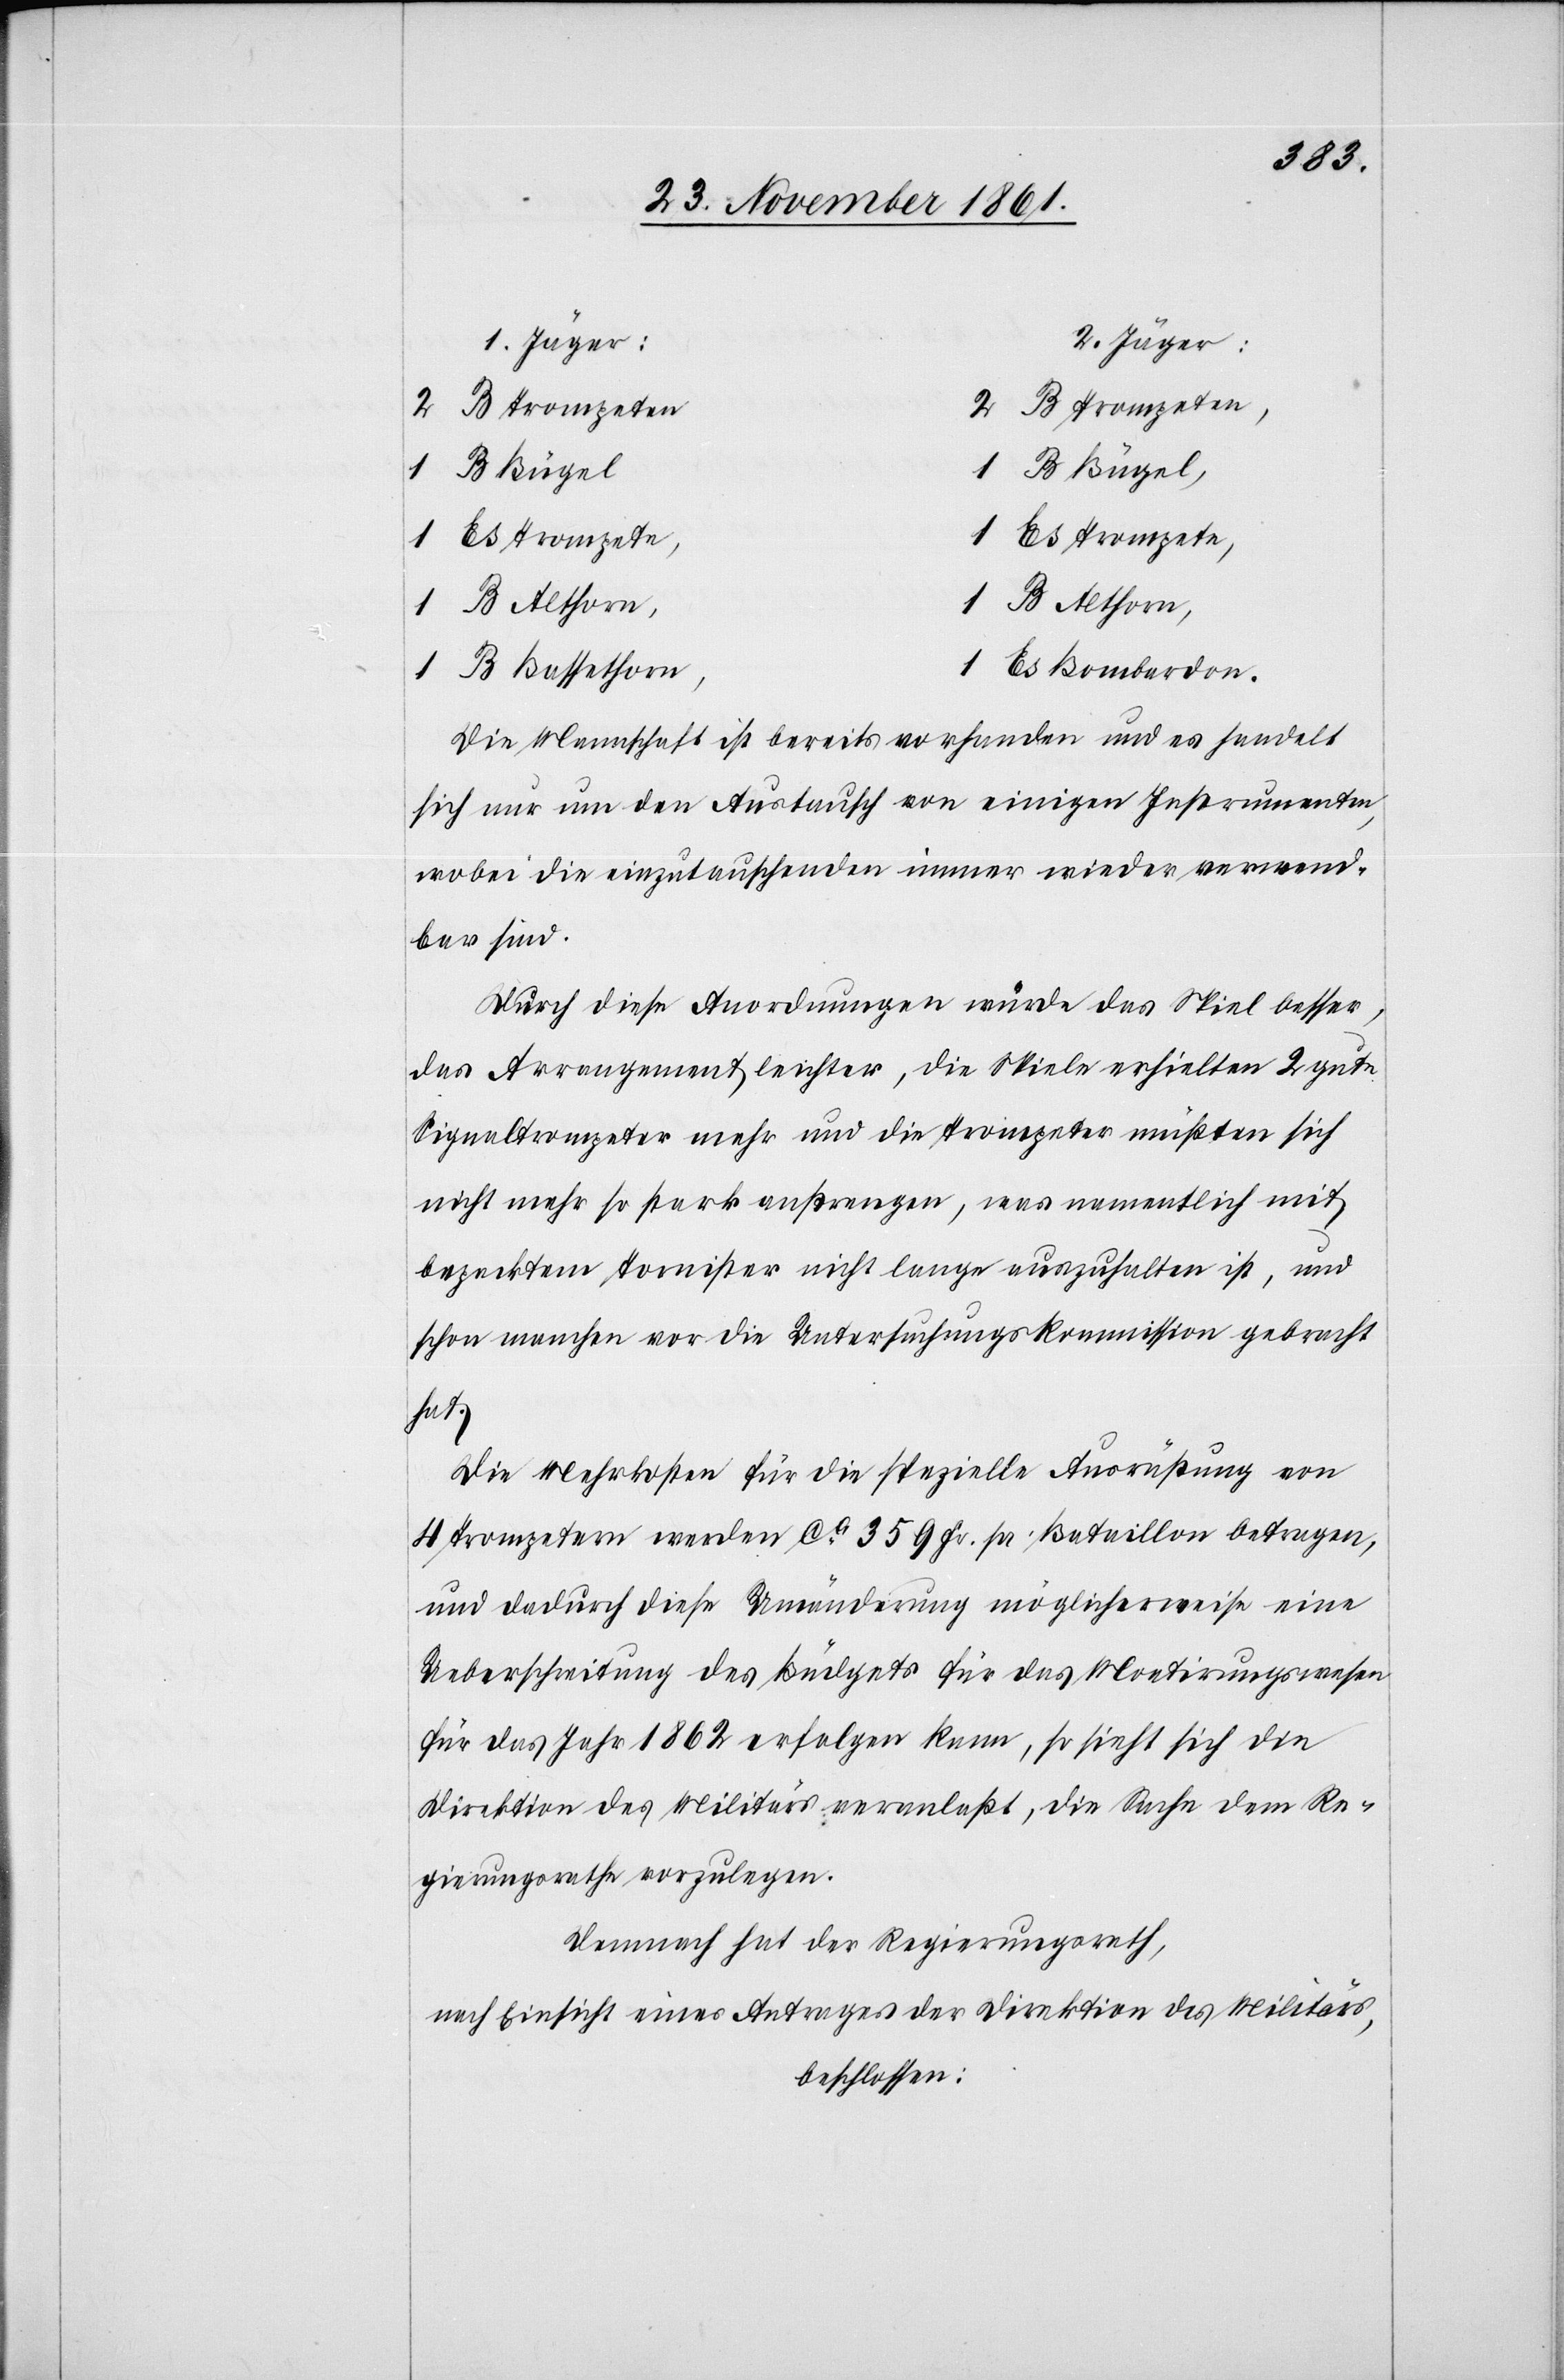
Jäger:
1. Jäger:
B Bügel,
1 Es Trompet¬
e,	1 Ex Trompete,
B Althorn,
1 B Bassethor¬
n,	1 Es Bombardon.
Die Mannschaft ist bereits vorhanden und es handelt
sich nur um den Austausch von einigen Instrumenten,
wobei die einzutauschenden immer wieder verwend¬
bar sind.
Durch diese Anordnungen würde das Spiel besser,
das Arrangement leichter, die Spiele erhielten 2 gute
Signaltrompeter mehr und die Trompeter müßten sich
nicht mehr so stark anstrengen, was namentlich mit
bepacktem Tornister nicht lange auszuhalten ist, und
schon manchen vor die Untersuchungskommission gebracht
hat.
Die Mehrkosten für die spezielle Ausrüstung von
4 Trompetern werden ca 359 Fr. pr. Bataillon betragen,
und da durch diese Umänderung möglicherweise eine
Ueberschreitung des Büdgets für das Montirungswesen
für das Jahr 1862 erfolgen kann, so sieht sich die
Direktion des Militärs veranlaßt, die Sache dem Re¬
gierungsrathe vorzulegen.
Demnach hat der Regierungsrath,
nach Einsicht eines Antrages der Direktion des Militärs,
beschlossen: